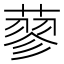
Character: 蓼